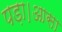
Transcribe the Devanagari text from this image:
पड़ा।आसा